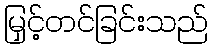
မြှင့်တင်ခြင်းသည်